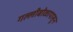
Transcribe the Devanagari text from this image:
गल्लीबोळापासून